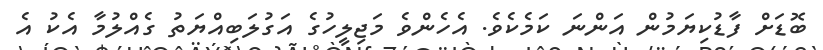
ބޮޑަަށް ފާޑުކިޔަމުން އަންނަ ކަމެެކެވެ. އެހެންވެ މަޖިލީހުގެ އަގުލަބިއްޔަތު ގެއްލުމާ އެކު އެ